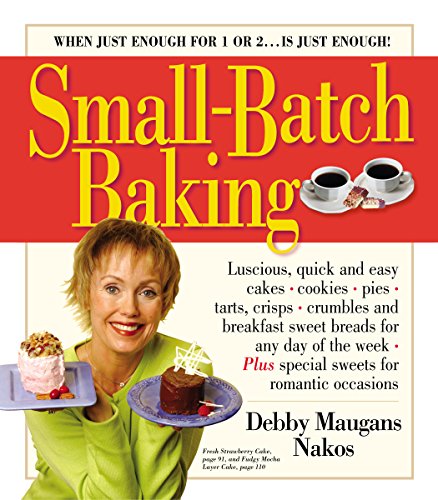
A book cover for Small-Batch Baking: When Just Enough for 1 or 2. . . Is Just Enough!; Debby Maugans Nakos; Cookbooks, Food & Wine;